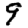
Digit: 9